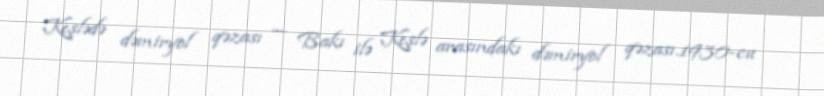
Keşlədə dəmiryol qəzası — Bakı ilə Keşlə arasındakı dəmiryol qəzası.1930-cu